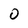
Character: 0